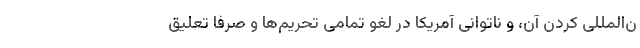
ن‌المللی کردن آن، و ناتوانی آمریکا در لغو تمامی تحریم‌ها و صرفا تعلیق